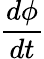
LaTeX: \frac{d\phi}{dt}